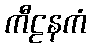
ကီဠနကံ